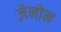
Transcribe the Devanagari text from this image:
ज़ेनोन